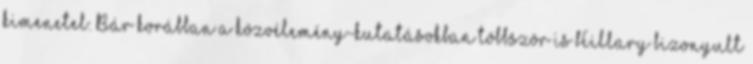
kimenetel. Bár korábban a közvélemény-kutatásokban többször is Hillary bizonyult